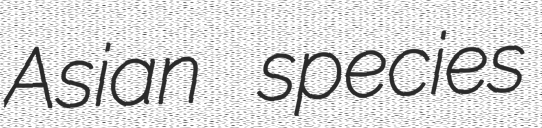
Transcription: Asian species